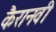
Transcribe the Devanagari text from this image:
कैरानवी